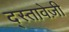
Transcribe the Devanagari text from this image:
द्स्तावेज़ी